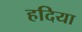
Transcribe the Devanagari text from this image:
हदिया